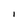
Character: I